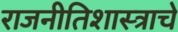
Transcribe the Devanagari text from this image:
राजनीतिशास्त्राचे